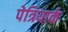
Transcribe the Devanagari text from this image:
पेत्रियार्क